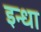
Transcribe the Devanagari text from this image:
इन्धा